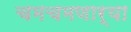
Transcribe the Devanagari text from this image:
चमचमणार्‍या